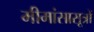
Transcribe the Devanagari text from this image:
मीमांसासूत्रों